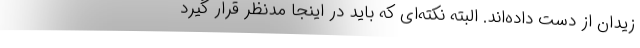
زیدان از دست داده‌اند. البته نکته‌ای که باید در اینجا مدنظر قرار گیرد